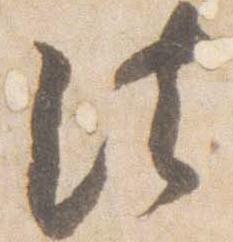
法